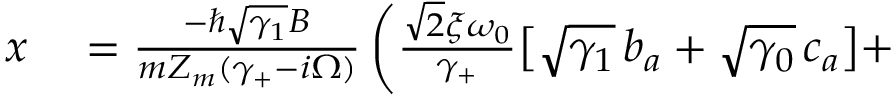
\begin{array} { r l } { x } & { { } = \frac { - \hslash \sqrt { \gamma _ { 1 } } B } { m Z _ { m } ( \gamma _ { + } - i \Omega ) } \left( \frac { \sqrt 2 \xi \omega _ { 0 } } { \gamma _ { + } } \big [ \sqrt { \gamma _ { 1 } } \, b _ { a } + \sqrt { \gamma _ { 0 } } \, c _ { a } \big ] + \right. } \end{array}